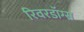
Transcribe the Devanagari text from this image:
रिवरडॉग्स